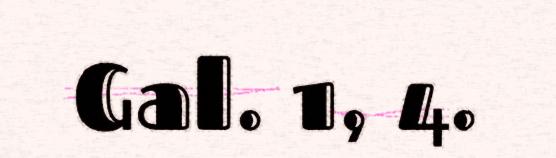
Gal. 1, 4.